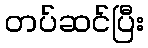
တပ်ဆင်ပြီး